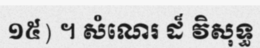
១៥) ។ សំណេរ ដ៏ វិសុទ្ធ